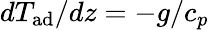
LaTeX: dT_{\mathrm{ad}}/dz=-g/c_{p}